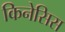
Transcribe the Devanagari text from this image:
किनेसिस